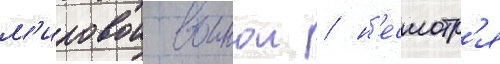
м'ировои воинои / н'есмотр'я